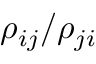
\rho _ { i j } / \rho _ { j i }